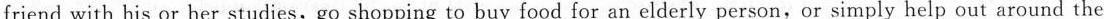
friend with his or her studies,go shopping to buy food for an elderly person,or simply help out around the